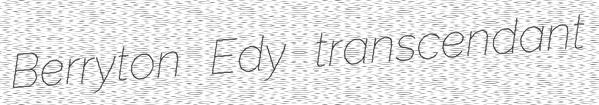
Berryton Edy transcendant